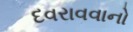
દવરાવવાનો